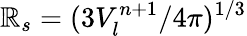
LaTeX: \mathbb{R}_{s}=(3V_{l}^{n+1}/4\pi)^{1/3}